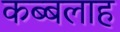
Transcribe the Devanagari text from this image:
कब्बलाह